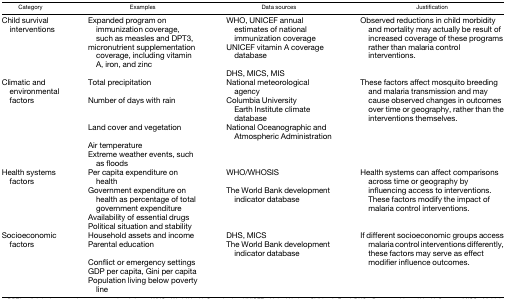
<table><thead><tr><td><b>Category</b></td><td><b>Examples</b></td><td><b>Data sources</b></td><td><b>Justification</b></td></tr></thead><tbody><tr><td rowspan="3">Child survival interventions</td><td>Expanded program on immunization coverage, such as measles and DPT3,</td><td>WHO, UNICEF annual estimates of national immunization coverage</td><td rowspan="3">Observed reductions in child morbidity and mortality may actually be result of increased coverage of these programs rather than malaria control interventions.</td></tr><tr><td>micronutrient supplementation coverage, including vitamin A, iron, and zinc</td><td>UNICEF vitamin A coverage database</td></tr><tr><td></td><td>DHS, MICS, MIS</td></tr><tr><td rowspan="5">Climatic and environmental factors</td><td>Total precipitation</td><td>National meteorological agency</td><td rowspan="5">These factors affect mosquito breeding and malaria transmission and may cause observed changes in outcomes over time or geography, rather than the interventions themselves.</td></tr><tr><td>Number of days with rain</td><td>Columbia University Earth Institute climate database</td></tr><tr><td>Land cover and vegetation</td><td>National Oceanographic and Atmospheric Administration</td></tr><tr><td>Air temperature</td><td></td></tr><tr><td>Extreme weather events, such as floods</td><td></td></tr><tr><td rowspan="4">Health systems factors</td><td>Per capita expenditure on health</td><td>WHO/WHOSIS</td><td rowspan="4">Health systems can affect comparisons across time or geography by influencing access to interventions. These factors modify the impact of malaria control interventions.</td></tr><tr><td>Government expenditure on health as percentage of total government expenditure</td><td>The World Bank development indicator database</td></tr><tr><td>Availability of essential drugs</td><td></td></tr><tr><td>Political situation and stability</td><td></td></tr><tr><td rowspan="5">Socioeconomic factors</td><td>Household assets and income</td><td>DHS, MICS</td><td rowspan="5">If different socioeconomic groups access malaria control interventions differently, these factors may serve as effect modifier influence outcomes.</td></tr><tr><td>Parental education</td><td>The World Bank development indicator database</td></tr><tr><td>Conflict or emergency settings</td><td></td></tr><tr><td>GDP per capita, Gini per capita</td><td></td></tr><tr><td>Population living below poverty line</td><td></td></tr></tbody></table>